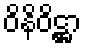
ဝိနိဝိဋ္ဌာ